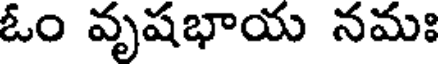
ఓం వృషభాయ నమః